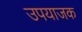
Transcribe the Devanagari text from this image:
उपयाजक